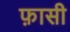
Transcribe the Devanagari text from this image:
फ़ासी